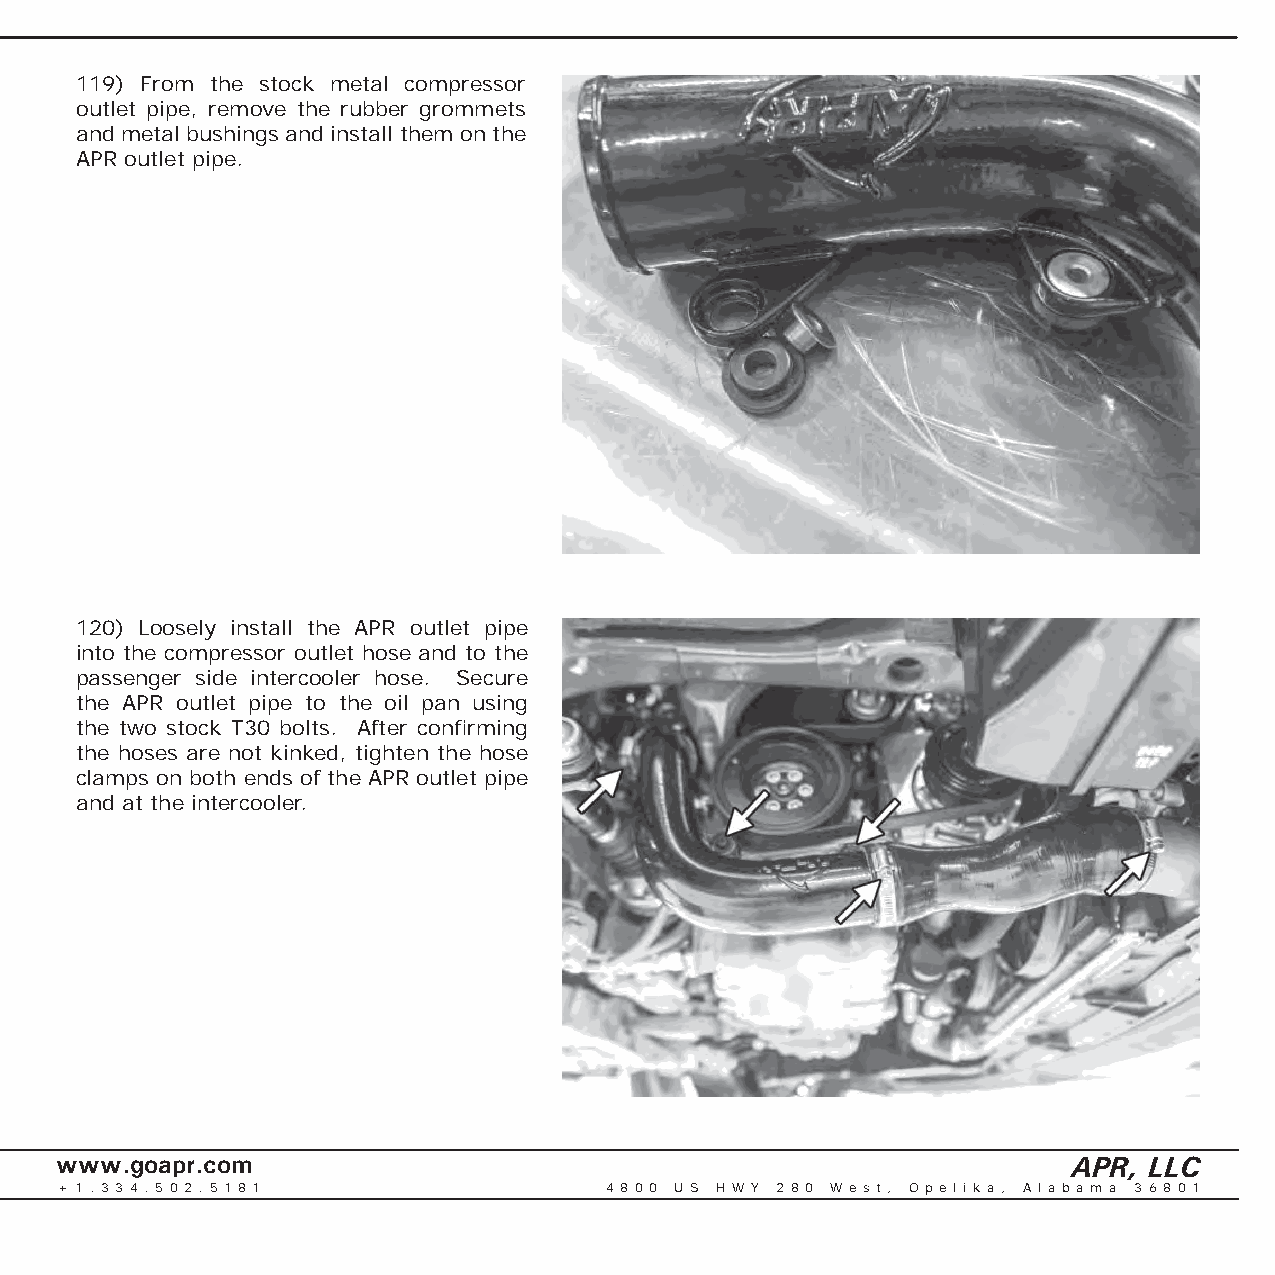
119) From the stock metal compressor
 outlet pipe, remove the rubber grommets
 and metal bushings and install them on the
 APR outlet pipe.
 120) Loosely install the APR outlet pipe
 into the compressor outlet hose and to the
 passenger side intercooler hose. Secure
 the APR outlet pipe to the oil pan using
 the two stock T30 bolts. After confi rming
 the hoses are not kinked, tighten the hose
 clamps on both ends of the APR outlet pipe
 and at the intercooler.
 www.goapr.com                                                      APR, LLC
 + 1 . 3 3 4 . 5 0 2 . 5 1 8 1       4 8 0 0 U S H W Y 2 8 0 We s t , O p e l i k a , A l a b a m a 3 6 8 0 1